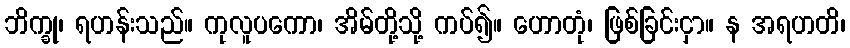
ဘိက္ခု၊ ရဟန်းသည်။ ကုလူပကော၊ အိမ်တို့သို့ ကပ်၍။ ဟောတုံ၊ ဖြစ်ခြင်းငှာ။ န အရဟတိ၊